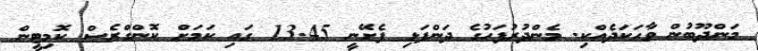
މަންދޫބުން ވާހަކަދެއްކި. މެންދުރުފަހުގެ ދަންފަޅި ފެށޭނީ 13.45 ގައި ކަމަށް ކޮންގްރެސް ކޮމިޓީން